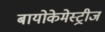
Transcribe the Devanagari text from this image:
बायोकेमेस्ट्रीज